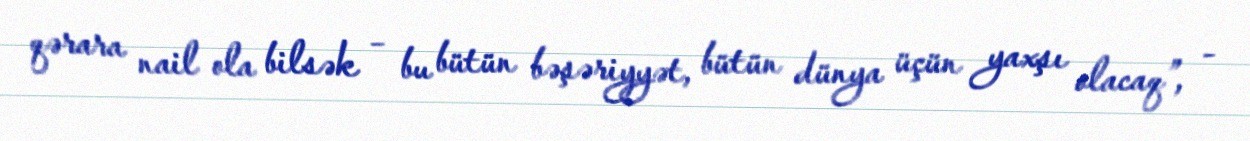
qərara nail ola bilsək – bu bütün bəşəriyyət, bütün dünya üçün yaxşı olacaq”, -